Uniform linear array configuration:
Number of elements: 48
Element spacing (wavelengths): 0.25
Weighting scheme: binomial
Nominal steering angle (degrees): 15
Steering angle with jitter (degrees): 16.554
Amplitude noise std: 0.05
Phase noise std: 0.05

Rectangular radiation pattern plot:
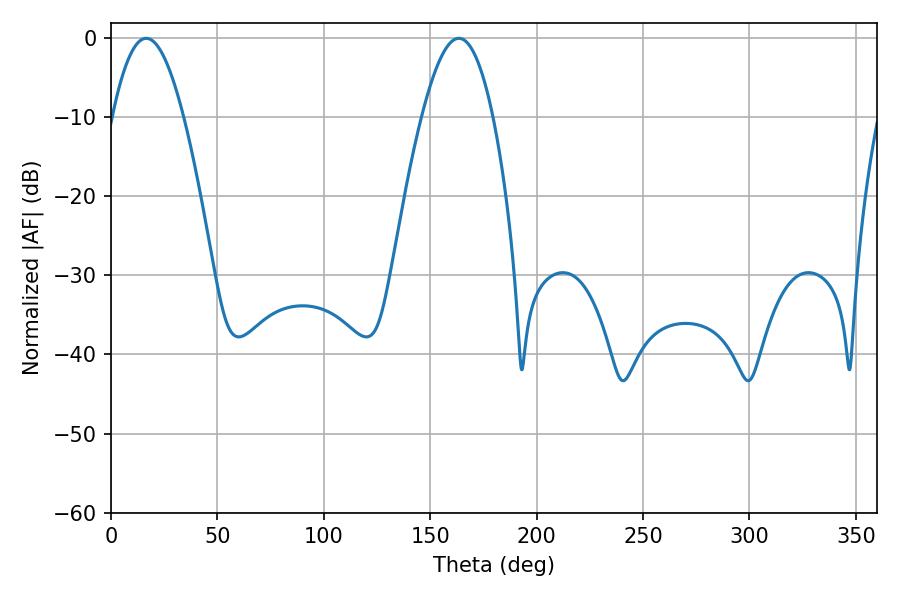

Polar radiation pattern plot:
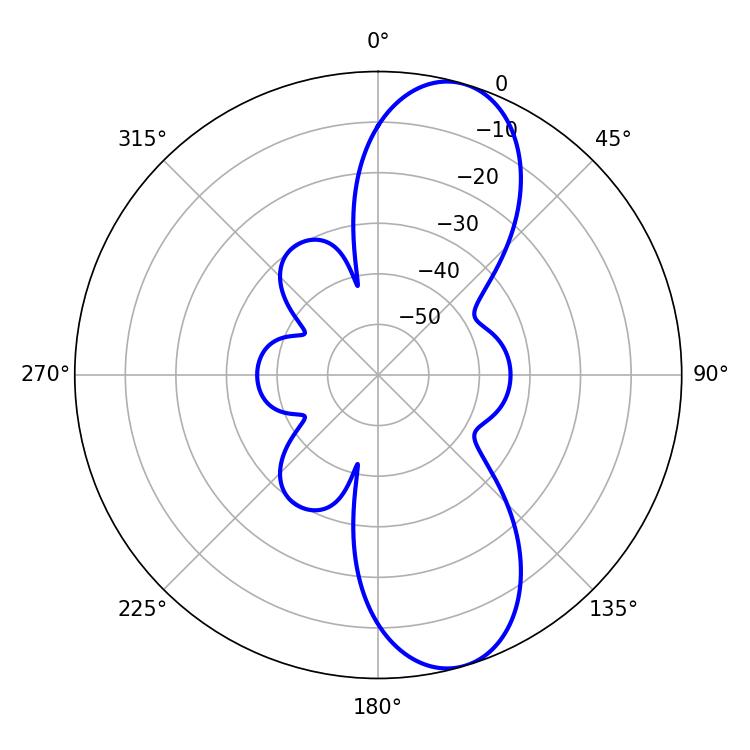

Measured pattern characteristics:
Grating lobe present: FALSE
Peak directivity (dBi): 10.025
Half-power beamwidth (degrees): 18.18
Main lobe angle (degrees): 16.56